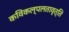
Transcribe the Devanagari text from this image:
कविकल्पलतावृत्ति